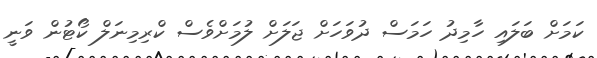
ކަމަށް ބަލައި ހާމިދު ހަމަސް ދުވަހަށް ޖަލަށް ލުމަށްވެސް ކްރިމިނަލް ކޯޓުން ވަނީ